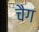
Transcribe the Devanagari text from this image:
चैग